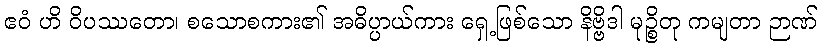
ဧဝံ ဟိ ဝိပဿတော၊ စသောစကား၏ အဓိပ္ပာယ်ကား ရှေ့ဖြစ်သော နိဗ္ဗိဒါ မုဉ္စိတု ကမျတာ ဉာဏ်